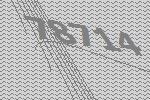
78714